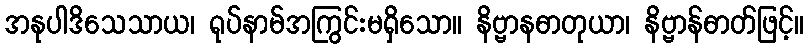
အနုပါဒိသေသာယ၊ ရုပ်နာမ်အကြွင်းမရှိသော။ နိဗ္ဗာနဓာတုယာ၊ နိဗ္ဗာန်ဓာတ်ဖြင့်။